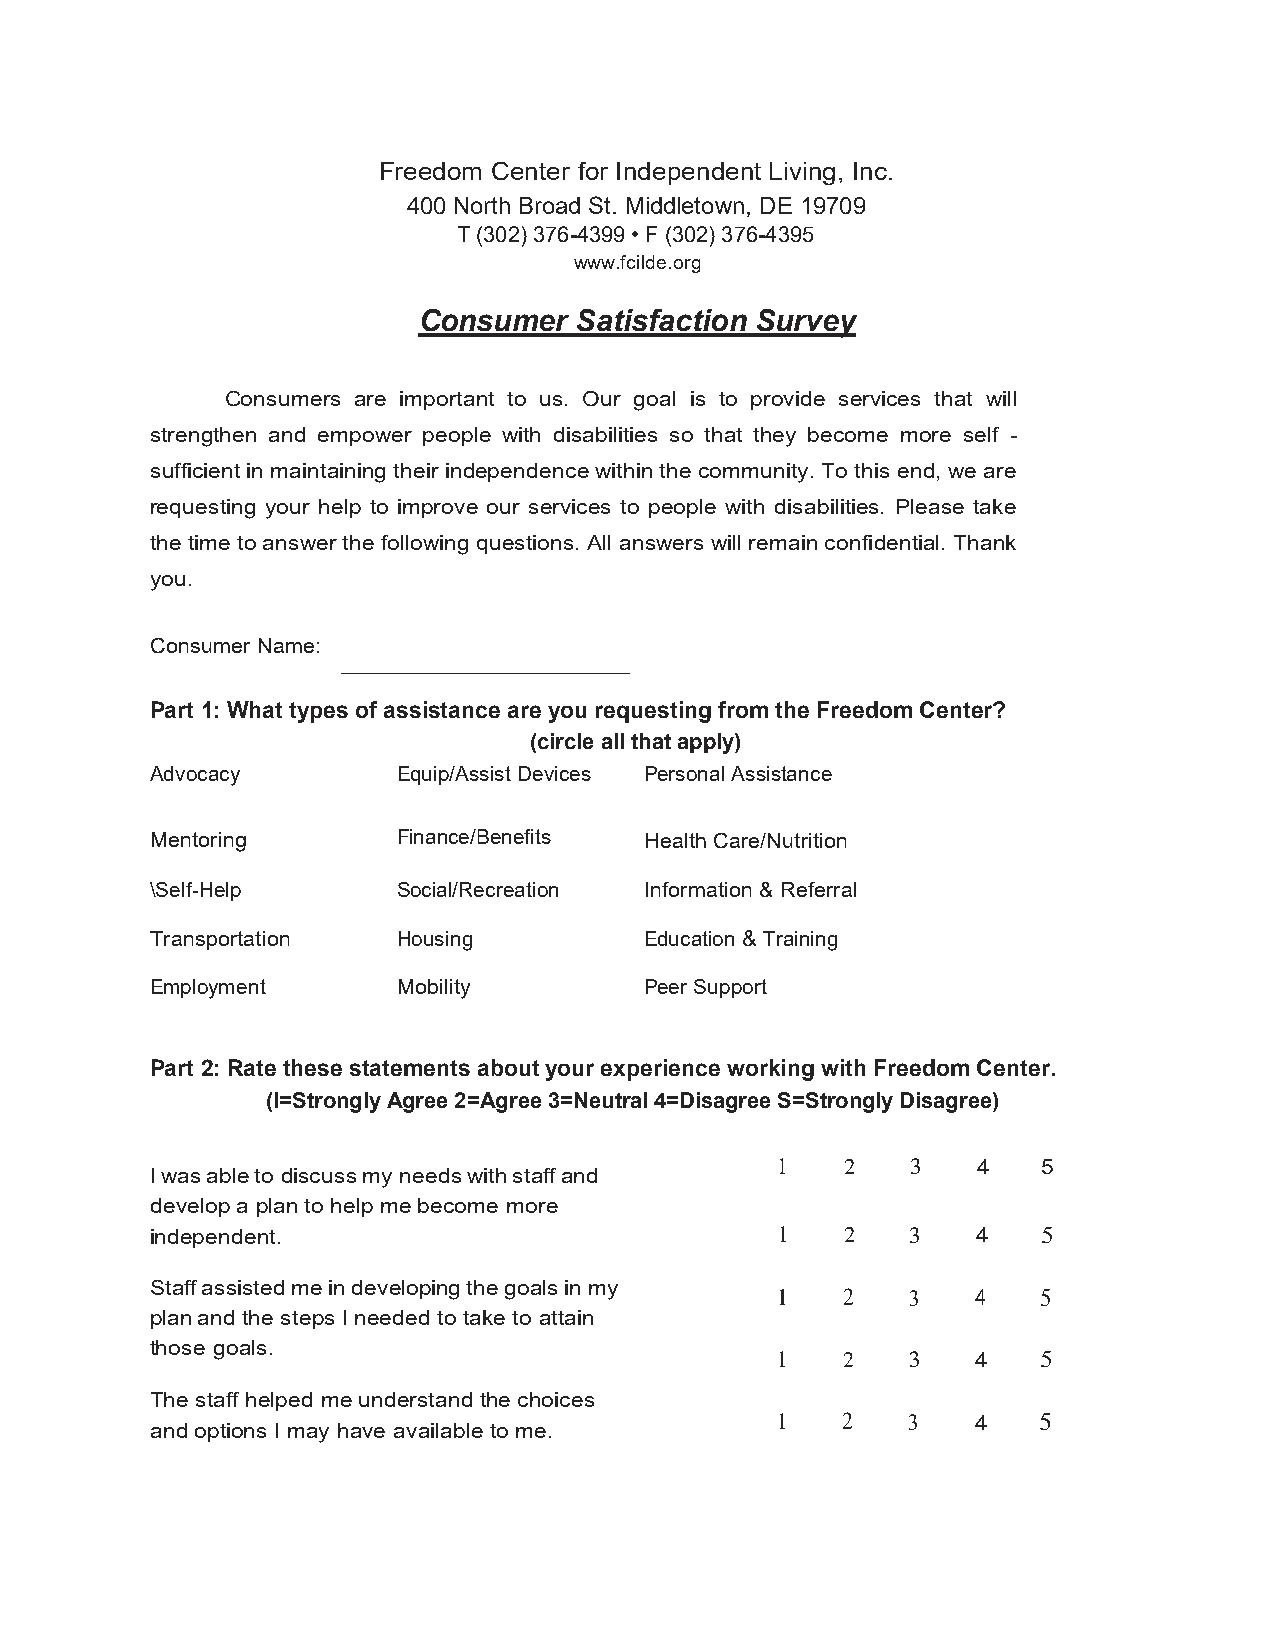
Freedom Center for Independent Living, Inc.
 400 North Broad St. Middletown, DE 19709
 T (302) 376-4399 • F (302) 376-4395
 www.fcilde.org
 Consumer  Satisfaction Survey
 Consumers are important to us. Our goal is to provide services that will
 strengthen and empower people with disabilities so that they become more self -
 sufficient in maintaining their independence within the community. To this end, we are
 requesting your help to improve our services to people with disabilities. Please take
 the time to answer the following questions. All answers will remain confidential. Thank
 you.
 Consumer Name: ______________
 Part 1: What types of assistance are you requesting from the Freedom Center?
 (circle all that apply)
 Advocacy        Equip/Assist Devices Personal Assistance
 Mentoring       Finance/Benefits Health Care/Nutrition
 \Self-Help      Social/Recreation Information & Referral
 Transportation  Housing          Education & Training
 Employment      Mobility         Peer Support
 Part 2: Rate these statements about your experience working with Freedom Center.
 (l=Strongly Agree 2=Agree 3=Neutral 4=Disagree S=Strongly Disagree)
 1    2   3    4   5
 I was able to discuss my needs with staff and
 develop a plan to help me become more
 independent.                             1    2   3    4   5
 Staff assisted me in developing the goals in my
 1    2   3    4   5
 plan and the steps I needed to take to attain
 those goals.
 1    2   3    4   5
 The staff helped me understand the choices
 1    2   3    4   5
 and options I may have available to me.